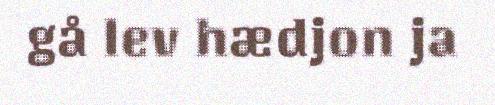
gå lev hædjon ja